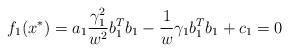
LaTeX: \begin{align*} f_{1}(x^{*})=a_{1}\frac{\gamma_{1}^{2}}{w^{2}}b^{T}_{1}b_{1}-\frac{1}{w}\gamma_{1}b_{1}^{T} b_{1}+c_{1}=0\end{align*}